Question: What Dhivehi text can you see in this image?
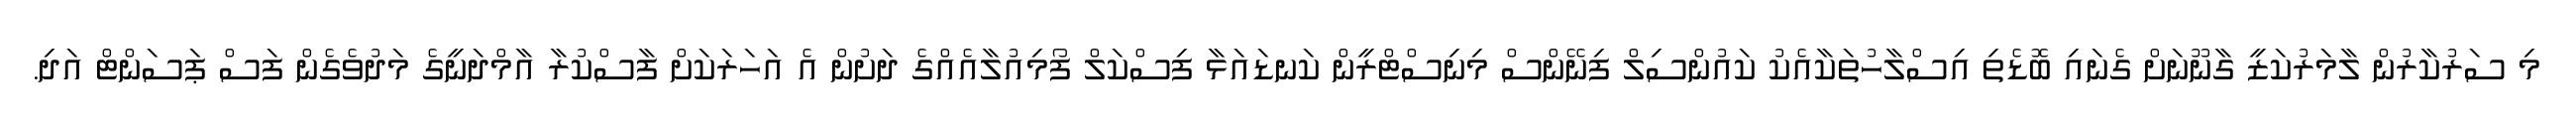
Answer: މި ސަރުކާރުން ލާމަރުކަޒީ ގާނޫނަށް ގެނައި ބޮޑެތި އިސްލާހުތަކާއެކު ކައުންސިލް ފިނޭންސް މިނިސްޓްރީން ކަނޑައަޅާ ފިސްކަލް ފޯމިއުލާއެއްގެ ދަށުން އެ އަހަރަކަށް ފާސްކުރާ އާމްދަނީގެ މަދުވެގެން ފަސް ޕަސަންޓް އަދި.